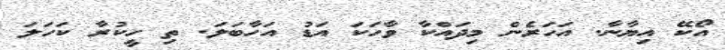
އޯކޭ އިޔާނާ. އަހަރެން މިދައްކާ ވާހަކަ އަޑު އަހާބަލަ. ތި ހީކުރާ ކަހަލަ